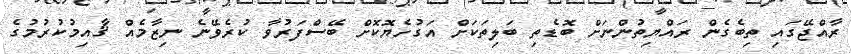
ރާއްޖޭގައި ތިބެގެން ރައްޔިތުންނަށް ބޮޑެތި ބަލިތަކަށް އަގުހެޔޮކޮށް ބޭސްފަރުވާ ކުރެވޭނެ ނިޒާމެއް ޤާއިމުކުރުމުގެ